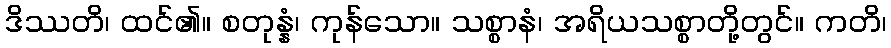
ဒိဿတိ၊ ထင်၏။ စတုန္နံ၊ ကုန်သော။ သစ္စာနံ၊ အရိယသစ္စာတို့တွင်။ ကတိ၊